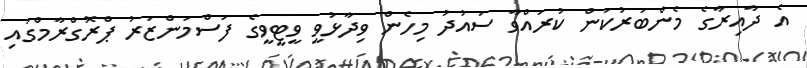
އެ ދާއިރާގެ މެންބަރުކަން ކުރައްވާ ސައުދު މިހެން ވިދާޅުވީ ވީޓީވީގެ ފަސްމަންޒަރު ޕްރޮގްރާމްގައި